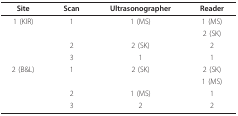
<table><thead><tr><td><b>Site</b></td><td><b>Scan </b></td><td><b>Ultrasonographer</b></td><td><b>Reader</b></td></tr></thead><tbody><tr><td>1 (KIR)</td><td>1</td><td>1 (MS)</td><td>1 (MS)</td></tr><tr><td></td><td></td><td></td><td>2 (SK)</td></tr><tr><td></td><td>2</td><td>2 (SK)</td><td>2</td></tr><tr><td></td><td>3</td><td>1</td><td>1</td></tr><tr><td>2 (B&amp;L)</td><td>1</td><td>2 (SK)</td><td>2 (SK)</td></tr><tr><td></td><td></td><td></td><td>1 (MS)</td></tr><tr><td></td><td>2</td><td>1 (MS)</td><td>1</td></tr><tr><td></td><td>3</td><td>2</td><td>2</td></tr></tbody></table>